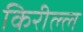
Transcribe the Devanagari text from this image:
किरील्ल